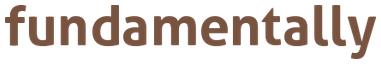
fundamentally